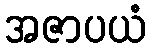
အဇာပယံ